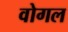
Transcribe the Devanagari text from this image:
वोगल